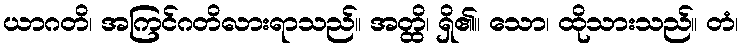
ယာဂတိ၊ အကြင်ဂတိလားရာသည်။ အတ္ထိ၊ ရှိ၏။ သော၊ ထိုသားသည်။ တံ၊